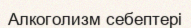
Алкоголизм себептері